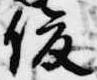
俊